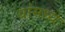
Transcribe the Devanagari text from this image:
यांमध्‍ये